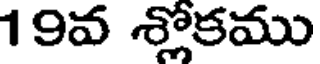
19వ శ్లోకము